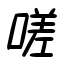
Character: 嗟